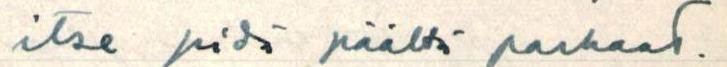
itse pidä päältä parhaat.